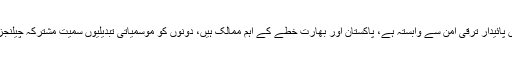
وزیر خارجہ نے کہا کہ دہشتگردی ختم کرنے کیلیے مشترکہ کوششیں ضروری ہیں، خطے میں پائیدار ترقی امن سے وابستہ ہے، پاکستان اور بھارت خطے کے اہم ممالک ہیں، دونوں کو موسمیاتی تبدیلیوں سمیت مشترکہ چیلنجز کا سامنا ہے، بھارت کے ساتھ مذاکرات کیلیے پاکستان کے تمام ادارے اور جماعتیں متفق ہیں۔